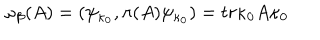
\omega _ { \beta } ( A ) = \left( \psi _ { \kappa _ { 0 } } , \pi ( A ) \psi _ { \kappa _ { 0 } } \right) = t r \kappa _ { 0 } A \kappa _ { 0 }